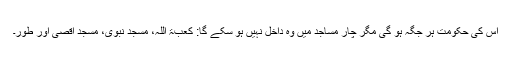
اس کی حکومت ہر جگہ ہو گی مگر چار مساجد میں وہ داخل نہیں ہو سکے گا: کعبۃ اللہ، مسجد نبوی، مسجد اَقصیٰ اور طور۔